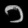
Digit: ၁